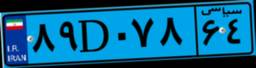
۸۹D۰۷۸۶۴